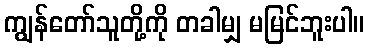
ကျွန်တော်သူတို့ကို တခါမျှ မမြင်ဘူးပါ။